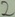
Text: 2